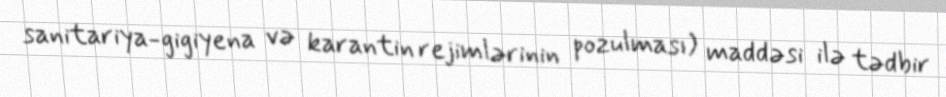
sanitariya-gigiyena və karantin rejimlərinin pozulması) maddəsi ilə tədbir